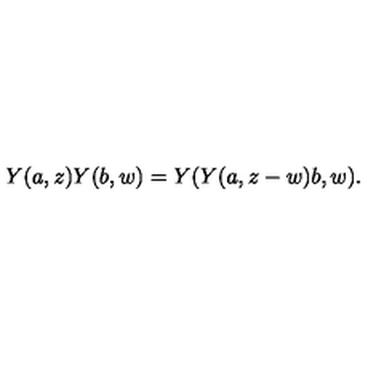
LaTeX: Y ( a , z ) Y ( b , w ) = Y ( Y ( a , z - w ) b , w ) .